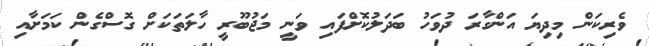
ވެރިކަން މިދިޔަ އަންގާރަ ދުވަހު ބަދަލުކޮށްފައި ވަނީ މަޖުބޫރީ ހާލަތަކަށް ގޮސްގެން ކަމަށާއި